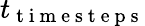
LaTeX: t_{\mathrm{~t~i~m~e~s~t~e~p~s~}}